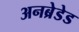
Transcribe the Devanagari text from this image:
अनब्रेडेड